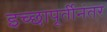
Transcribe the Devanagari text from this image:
इच्छापूर्तीनंतर